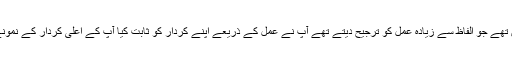
آپ ایک پراکٹیکل انسان تھے جو الفاظ سے زیادہ عمل کو ترجیح دیتے تھے آپ نے عمل کے ذریعے اپنے کردار کو ثابت کیا آپ کے اعلی کردار کے نمونے جگہ جگہ ملتے ہیں ۔